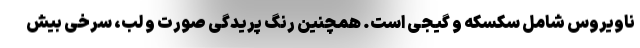
ناویروس شامل سکسکه و گیجی است. همچنین رنگ پریدگی صورت و لب، سرخی بیش